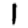
Digit: 1